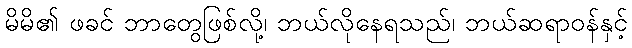
မိမိ၏ ဖခင် ဘာတွေဖြစ်လို့၊ ဘယ်လိုနေရသည်၊ ဘယ်ဆရာဝန်နှင့်